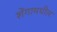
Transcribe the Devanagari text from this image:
शेंगामधील